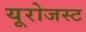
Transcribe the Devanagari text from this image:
यूरोजस्ट